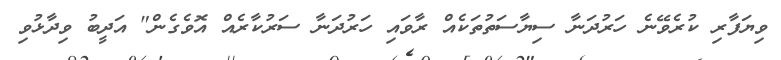
ވިޔަފާރި ކުރެވޭނެ ހަރުދަނާ ސިޔާސަތުތަކެއް ރާވައި ހަރުދަނާ ސަރުކާރެއް އޮވެގެން" އަދީބު ވިދާޅުވި